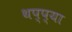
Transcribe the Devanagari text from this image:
थप्प्या